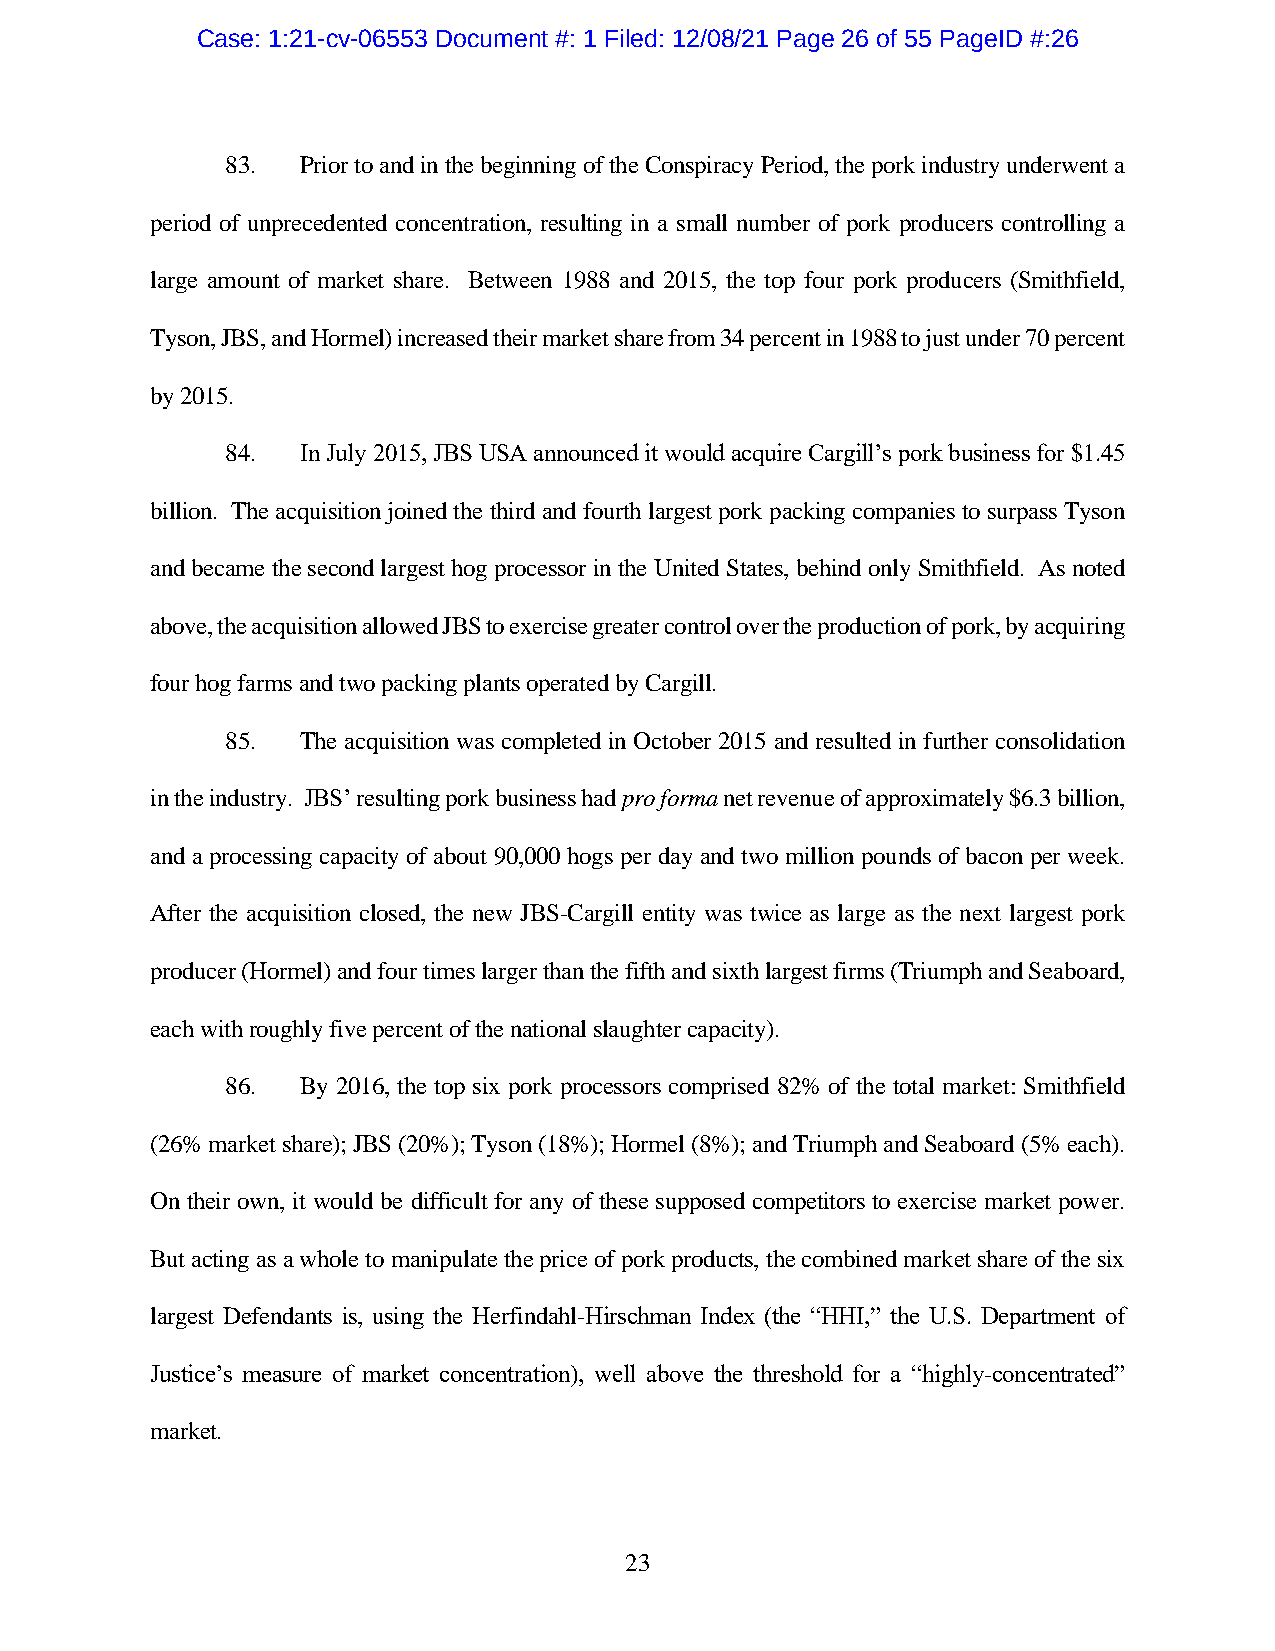
Case: 1:21-cv-06553 Document #: 1 Filed: 12/08/21 Page 26 of 55 PageID #:26
 83.  Prior to and in the beginning of the Conspiracy Period, the pork industry underwent a
 period of unprecedented concentration, resulting in a small number of pork producers controlling a
 large amount of market share. Between 1988 and 2015, the top four pork producers (Smithfield,
 Tyson, JBS, and Hormel) increased their market share from 34 percent in 1988 to just under 70 percent
 by 2015.
 84.  In July 2015, JBS USA announced it would acquire Cargill’s pork business for $1.45
 billion. The acquisition joined the third and fourth largest pork packing companies to surpass Tyson
 and became the second largest hog processor in the United States, behind only Smithfield. As noted
 above, the acquisition allowed JBS to exercise greater control over the production of pork, by acquiring
 four hog farms and two packing plants operated by Cargill.
 85.  The acquisition was completed in October 2015 and resulted in further consolidation
 in the industry. JBS’ resulting pork business had pro forma net revenue of approximately $6.3 billion,
 and a processing capacity of about 90,000 hogs per day and two million pounds of bacon per week.
 After the acquisition closed, the new JBS-Cargill entity was twice as large as the next largest pork
 producer (Hormel) and four times larger than the fifth and sixth largest firms (Triumph and Seaboard,
 each with roughly five percent of the national slaughter capacity).
 86.  By 2016, the top six pork processors comprised 82% of the total market: Smithfield
 (26% market share); JBS (20%); Tyson (18%); Hormel (8%); and Triumph and Seaboard (5% each).
 On their own, it would be difficult for any of these supposed competitors to exercise market power.
 But acting as a whole to manipulate the price of pork products, the combined market share of the six
 largest Defendants is, using the Herfindahl-Hirschman Index (the “HHI,” the U.S. Department of
 Justice’s measure of market concentration), well above the threshold for a “highly-concentrated”
 market.
 23